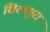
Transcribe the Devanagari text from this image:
विरमपुरा